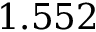
1 . 5 5 2